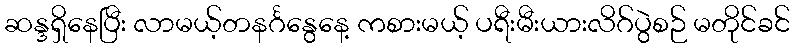
ဆန္ဒရှိနေပြီး လာမယ့်တနင်္ဂနွေနေ့ ကစားမယ့် ပရီးမီးယားလိဂ်ပွဲစဉ် မတိုင်ခင်